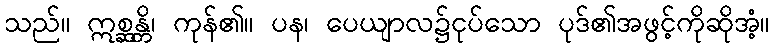
သည်။ ဣစ္ဆန္တိ၊ ကုန်၏။ ပန၊ ပေယျာလ၌ငုပ်သော ပုဒ်၏အဖွင့်ကိုဆိုအံ့။